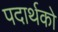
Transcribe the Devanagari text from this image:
पदार्थको